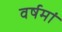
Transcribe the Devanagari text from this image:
वर्षमां